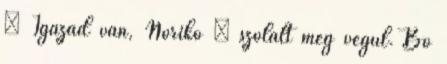
– Igazad van, Noriko – szólalt meg végül. Bő